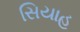
સિયાહ